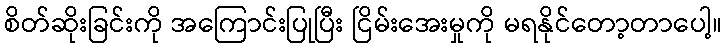
စိတ်ဆိုးခြင်းကို အကြောင်းပြုပြီး ငြိမ်းအေးမှုကို မရနိုင်တော့တာပေါ့။